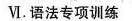
Ⅵ. 语法专项训练